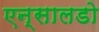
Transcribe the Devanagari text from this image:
एन्सालडो